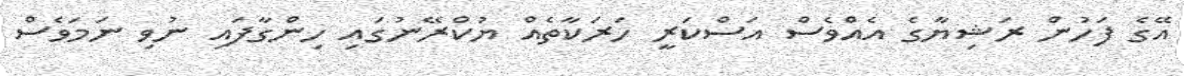
އޭގެ ފަހުން ރަޝިޔާގެ އެއްވެސް އަސްކަރީ ހަރަކާތެއް ޔުކްރޭނުގައި ހިންގާފައި ނުވި ނަމަވެސް